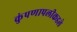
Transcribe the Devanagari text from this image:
कुंपणापलीकडले